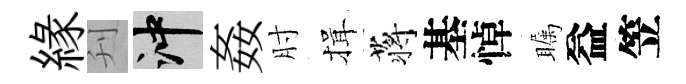
緣刋冲姦肘揖蒋基悼瞩益笠